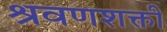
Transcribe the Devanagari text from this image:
श्रवणशक्ती